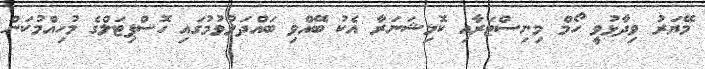
މޭޔަރު ވިދާޅުވީ ހޯމް މިނިސްޓަރާއި ކޮމިޝަނަރާ އެކު ބޭއްވި ބައްދަލުވުމުގައި ހޮސްޕިޓަލްގެ މުހިއްމުކަން